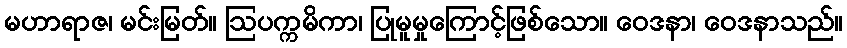
မဟာရာဇ၊ မင်းမြတ်။ ဩပက္ကမိကာ၊ ပြုမူမှုကြောင့်ဖြစ်သော။ ဝေဒနာ၊ ဝေဒနာသည်။